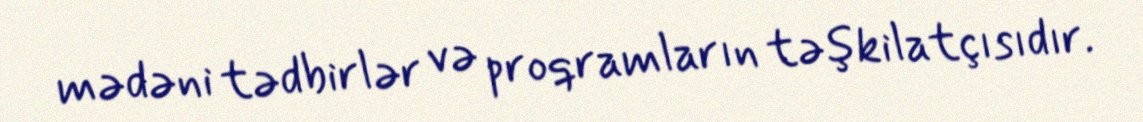
mədəni tədbirlər və proqramların təşkilatçısıdır.